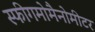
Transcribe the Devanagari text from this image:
स्फीगमोमैनोमीटर